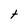
Character: t